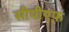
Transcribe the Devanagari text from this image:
सीपीएफ़